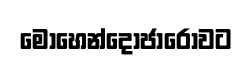
මොහෙන්දොජාරෝවට